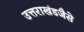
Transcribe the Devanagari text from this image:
उत्तराखंडजैसे